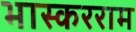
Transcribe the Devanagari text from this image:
भास्करराम